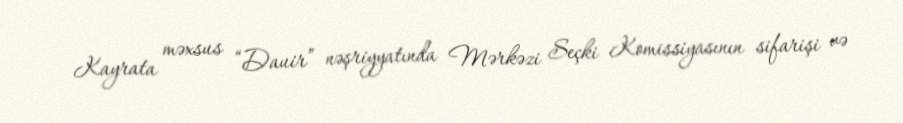
Kayrata məxsus “Dauir” nəşriyyatında Mərkəzi Seçki Komissiyasının sifarişi və